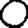
Digit: 0